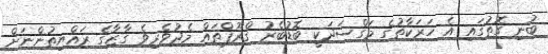
ބުނި ގޮތުގައި އެ ހަރަކާތުގެ މަގްސަދަކީ ބޮޑުބެރު ގްރޫޕްތައް މެދުވެރިވެ ގާޒާގެ ރައްޔިތުންނަށް